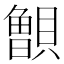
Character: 𰷐